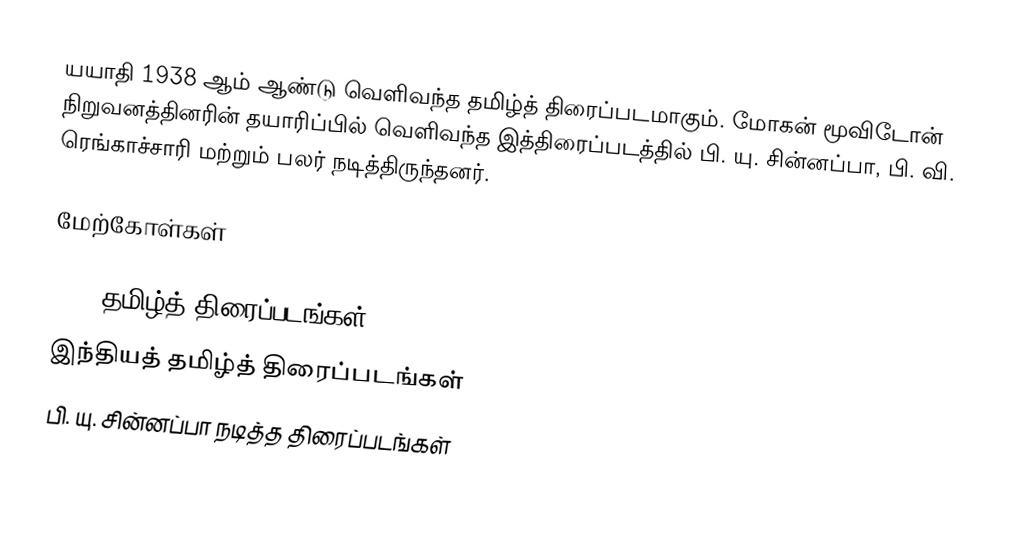
யயாதி 1938 ஆம் ஆண்டு வெளிவந்த தமிழ்த் திரைப்படமாகும். மோகன் மூவிடோன் நிறுவனத்தினரின் தயாரிப்பில் வெளிவந்த இத்திரைப்படத்தில் பி. யு. சின்னப்பா, பி. வி. ரெங்காச்சாரி மற்றும் பலர் நடித்திருந்தனர்.

மேற்கோள்கள்

1938 தமிழ்த் திரைப்படங்கள்
இந்தியத் தமிழ்த் திரைப்படங்கள்
பி. யு. சின்னப்பா நடித்த திரைப்படங்கள்